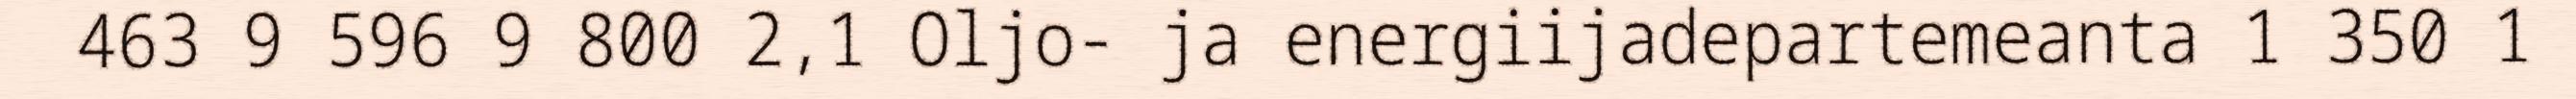
463 9 596 9 800 2,1 Oljo- ja energiijadepartemeanta 1 350 1